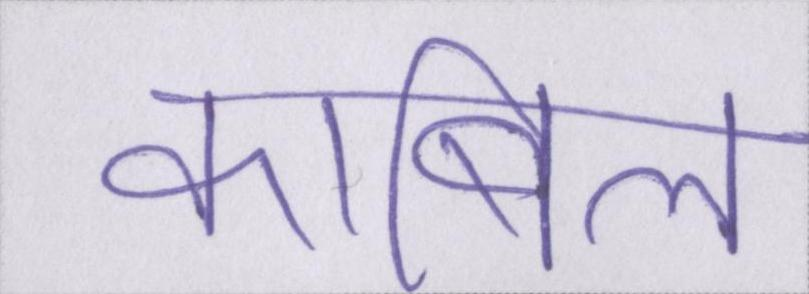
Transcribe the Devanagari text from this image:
काबिल